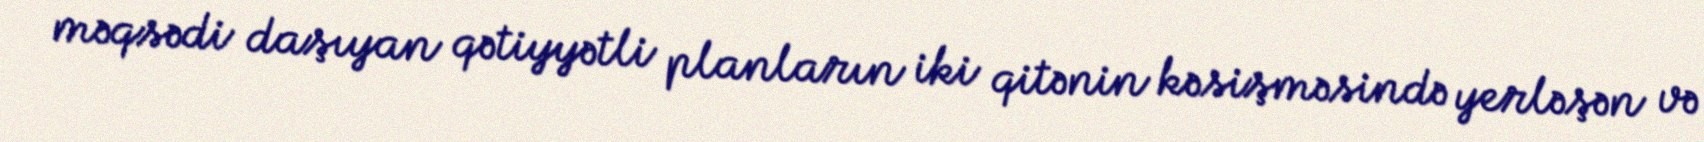
məqsədi daşıyan qətiyyətli planların iki qitənin kəsişməsində yerləşən və